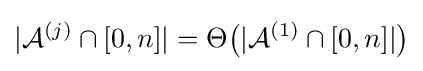
|{\mathcal {A}}^{(j)}\cap [0,n]|=\Theta {\big (}|{\mathcal {A}}^{(1)}\cap [0,n]|{\big )}